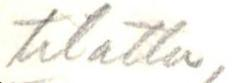
tulee kotiin